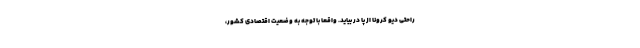
راحتی دیو کرونا از پا در بیاید. واقعا با توجه به وضعیت اقتصادی کشور،